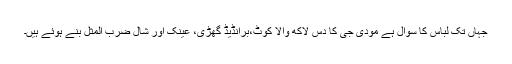
جہاں تک لباس کا سوال ہے مودی جی کا دس لاکھ والا کوٹ،برانڈیڈ گھڑی، عینک اور شال ضرب المثل بنے ہوئے ہیں۔